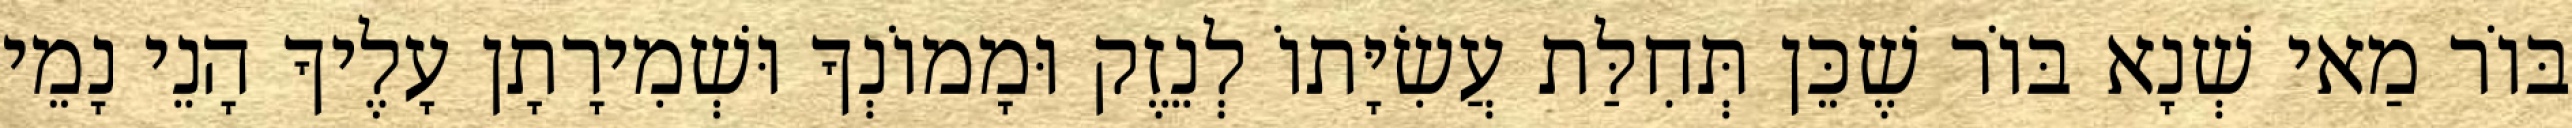
בּוֹר מַאי שְׁנָא בּוֹר שֶׁכֵּן תְּחִלַּת עֲשִׂיָּתוֹ לְנֵזֶק וּמָמוֹנְךָ וּשְׁמִירָתָן עָלֶיךָ הָנֵי נָמֵי